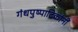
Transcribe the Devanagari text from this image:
गंधपुष्पादिकांनीं